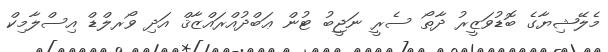
މެލޭޝިޔާގެ ބޮޑުވަޒީރު ދާތޯ ސެރީ ނަޖީބު ޓުން ޢަބްދުއްރައްޒާޤް އަދި ވޯރލްޑް އިސްލާމިކް